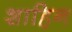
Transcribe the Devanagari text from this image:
शाहिन